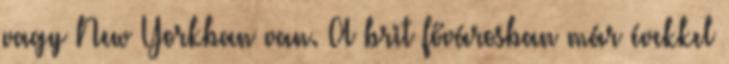
vagy New Yorkban van. A brit fővárosban már évekkel